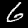
Label: 6